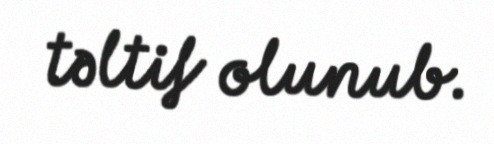
təltif olunub.